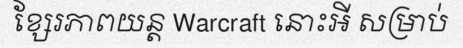
ខ្សែរភាពយន្ត Warcraft នោះអី សម្រាប់